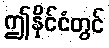
ဤနိုင်ငံတွင်